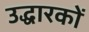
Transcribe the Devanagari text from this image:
उद्धारकों